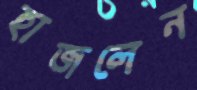
হাজলেন